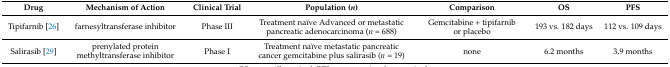
<table><thead><tr><td><b>Drug</b></td><td><b>Mechanism of Action</b></td><td><b>Clinical Trial</b></td><td><b>Population (<i>n</i>)</b></td><td><b>Comparison</b></td><td><b>OS</b></td><td><b>PFS</b></td></tr></thead><tbody><tr><td>Tipifarnib [26]</td><td>farnesyltransferase inhibitor</td><td>Phase III</td><td>Treatment naïve Advanced or metastatic pancreatic adenocarcinoma (<i>n</i> = 688)</td><td>Gemcitabine + tipifarnib or placebo</td><td>193 vs. 182 days</td><td>112 vs. 109 days</td></tr><tr><td>Salirasib [29]</td><td>prenylated protein methyltransferase inhibitor</td><td>Phase I</td><td>Treatment naïve metastatic pancreatic cancer gemcitabine plus salirasib (<i>n</i> = 19)</td><td>none</td><td>6.2 months</td><td>3.9 months</td></tr></tbody></table>